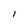
Character: I